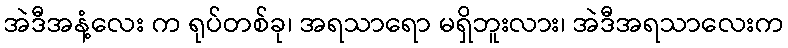
အဲဒီအနံ့လေး က ရုပ်တစ်ခု၊ အရသာရော မရှိဘူးလား၊ အဲဒီအရသာလေးက